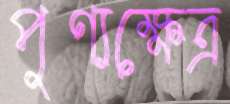
পুণ্যক্ষেত্র